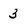
Character: 3